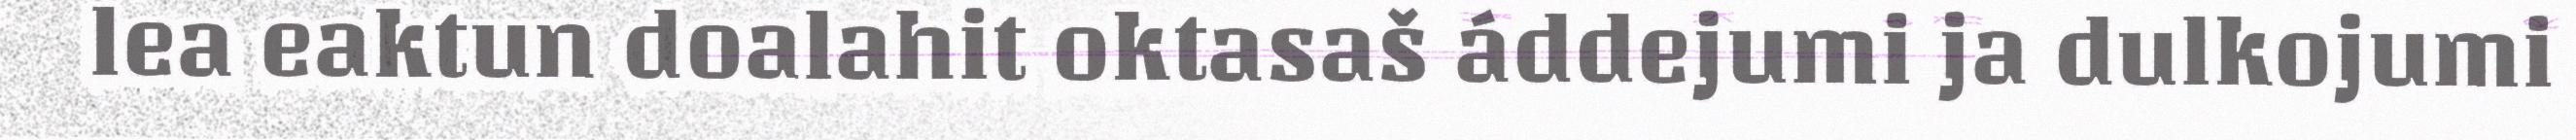
lea eaktun doalahit oktasaš áddejumi ja dulkojumi